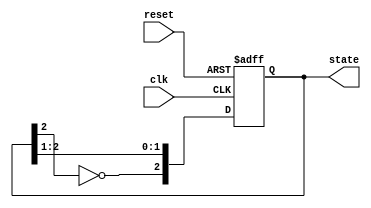
module johnson_counter (
    input wire clk,              // Clock signal
    input wire reset,            // Asynchronous reset signal
    output reg [2:0] state       // 3-bit output state
);

// State Transition Logic
always @(posedge clk or posedge reset) begin
    if (reset) begin
        state <= 3'b000;         // Initialize state to 000 on reset
    end else begin
        state <= {~state[2], state[2:1]}; // Shift and invert last bit
    end
end

endmodule